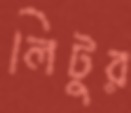
লিটুর